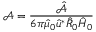
\mathcal { A } = \frac { \hat { \mathcal { A } } } { 6 \pi \hat { \mu } _ { 0 } \hat { u } ^ { * } \hat { R } _ { 0 } \hat { H } _ { 0 } }